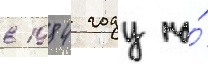
в 1984 году на́